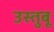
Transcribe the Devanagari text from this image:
उस्तुबू